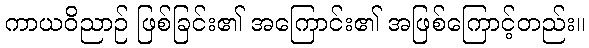
ကာယဝိညာဉ် ဖြစ်ခြင်း၏ အကြောင်း၏ အဖြစ်ကြောင့်တည်း။